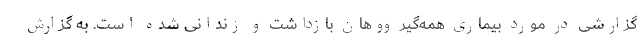
گزارشی در مورد بیماری همه‌گیر ووهان بازداشت و زندانی شده است. به گزارش